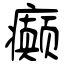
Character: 癫